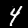
Label: 4